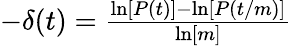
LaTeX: \begin{array}{r}{-\delta(t)=\frac{\ln[P(t)]-\ln[P(t/m)]}{\ln[m]}}\end{array}